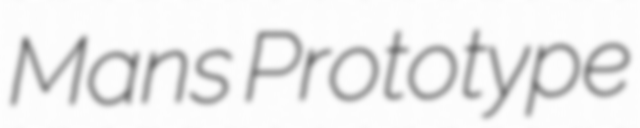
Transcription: Mans Prototype